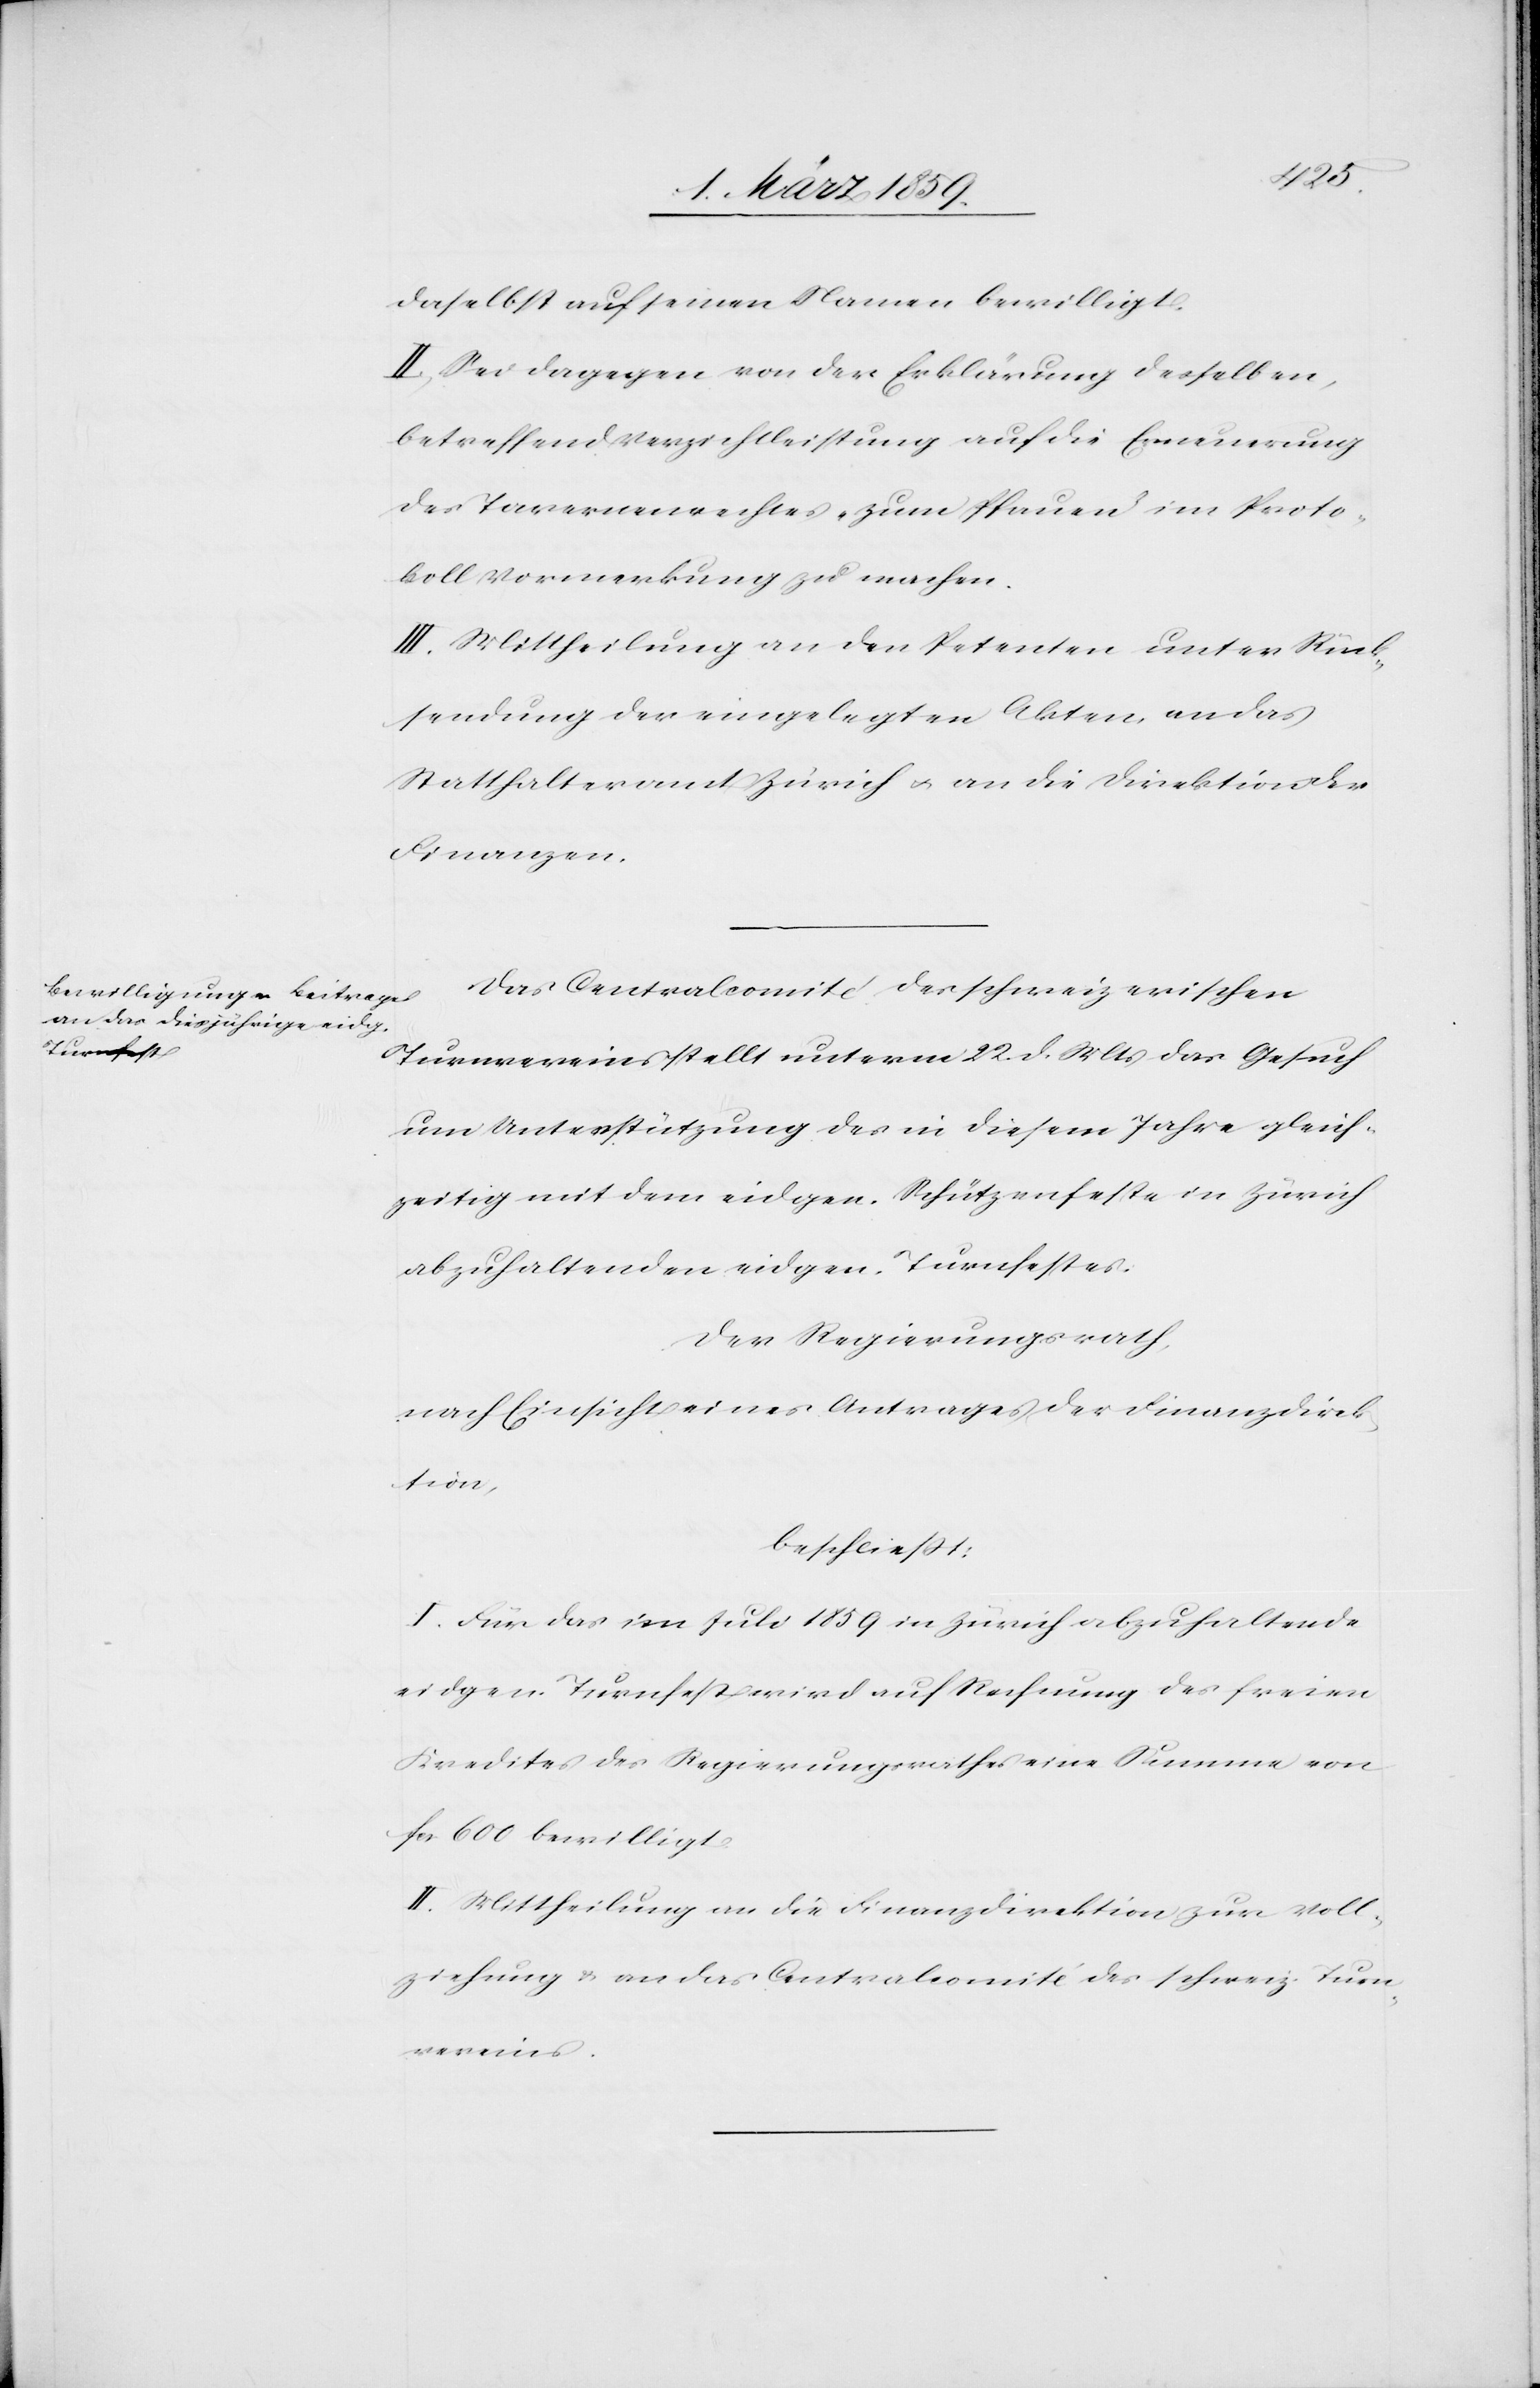
daselbst auf seinen Namen bewilligt.
II. Sei dagegen von der Erklärung desselben,
betreffend Verzichtleistung auf die Erneuerung
des Tavernenrechtes „zum Pfauen“ im Proto¬
koll Vormerkung zu machen.
III. Mittheilung an den Petenten unter Rück¬
sendung der eingelegten Akten, an das
Statthalteramt Zürich u. an die Direktion der
Finanzen.
Das Centralcomité des schweizerischen
Turnvereins stellt unterm 22. d. Mts das Gesuch
um Unterstützung des in diesem Jahre gleich¬
zeitig mit dem eidgen. Schützenfeste in Zürich
abzuhaltenden eidgen. Turnfestes.
Der Regierungsrath,
nach Einsicht eines Antrages der Finanzdirek¬
tion,
beschließt:
I. Für das im Juli 1859 in Zürich abzuhaltende
eidgen. Turnfest wird auf Rechnung des freien
Kredites des Regierungsrathes eine Summe von
fcs. 600 bewilligt.
II. Mittheilung an die Finanzdirektion zur Voll¬
ziehung u. an das Centralcomité des schweiz. Turn¬
vereins.